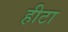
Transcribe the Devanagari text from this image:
हीटा